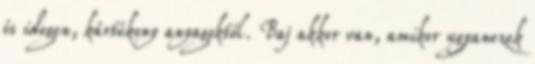
és idegen, kártékony anyagoktól. Baj akkor van, amikor ugyanezek